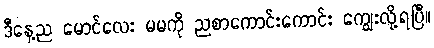
ဒီနေ့ည မောင်လေး မမကို ညစာကောင်းကောင်း ကျွေးလို့ရပြီ။